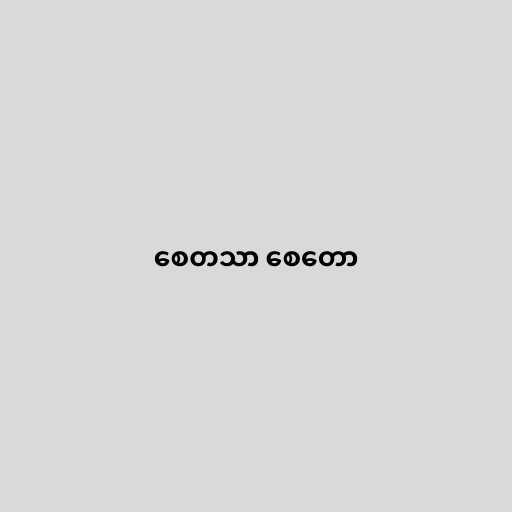
စေတသာ စေတော